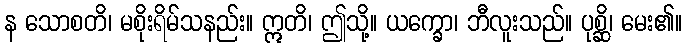
န သောစတိ၊ မစိုးရိမ်သနည်း။ ဣတိ၊ ဤသို့။ ယက္ခော၊ ဘီလူးသည်။ ပုစ္ဆိ၊ မေး၏။